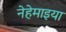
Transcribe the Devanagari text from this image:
नेहेमाइया